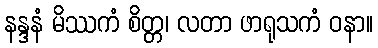
နန္ဒနံ မိဿကံ စိတ္တ၊ လတာ ဖာရုသကံ ဝနာ။